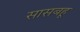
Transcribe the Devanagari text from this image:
सासबहू